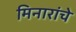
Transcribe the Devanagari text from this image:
मिनारांचे